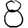
Digit: 8